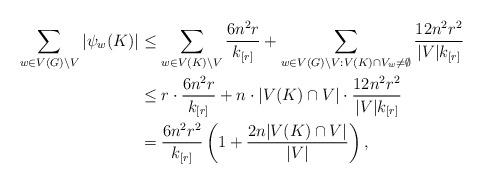
LaTeX: \begin{align*}\sum_{w\in V(G)\setminus V}|\psi_w(K)| &\leq \sum_{w\in V(K)\setminus V}\frac{6n^2r}{k_{[r]}}+\sum_{w\in V(G)\setminus V:V(K)\cap V_w\neq \emptyset}\frac{12n^2r^2}{|V|k_{[r]}}\\&\leq r\cdot \frac{6n^2r}{k_{[r]}}+n\cdot |V(K)\cap V|\cdot \frac{12n^2r^2}{|V|k_{[r]}} \\&= \frac{6n^2r^2}{k_{[r]}}\left(1+\frac{2n|V(K)\cap V|}{|V|}\right), \end{align*}